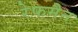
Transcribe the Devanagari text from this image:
रेफमैन